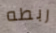
ربطه